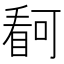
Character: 𭿋